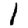
Digit: 1